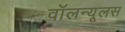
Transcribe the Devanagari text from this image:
वॉलन्यूलस